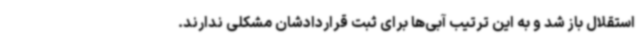
استقلال باز شد و به این ترتیب آبی‌ها برای ثبت قراردادشان مشکلی ندارند.